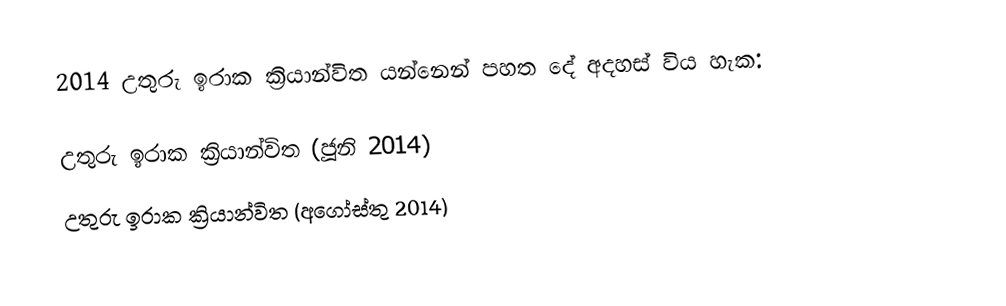
2014 උතුරු ඉරාක ක්‍රියාන්විත යන්නෙන් පහත දේ අදහස් විය හැක:

 උතුරු ඉරාක ක්‍රියාන්විත (ජූනි 2014)
 උතුරු ඉරාක ක්‍රියාන්විත (අගෝස්තු 2014)